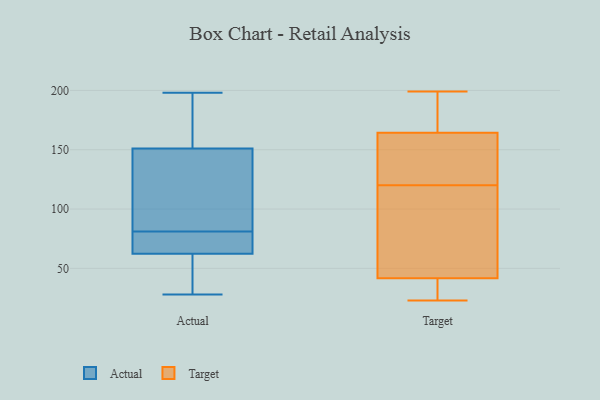
{"axis": {"x": "Population (Million)", "y": "Value"}, "legend": ["Actual", "Target"], "data": [{"x": "", "y": 136, "type": "Actual"}, {"x": "", "y": 57, "type": "Actual"}, {"x": "", "y": 172, "type": "Actual"}, {"x": "", "y": 28, "type": "Actual"}, {"x": "", "y": 183, "type": "Actual"}, {"x": "", "y": 81, "type": "Actual"}, {"x": "", "y": 64, "type": "Actual"}, {"x": "", "y": 66, "type": "Actual"}, {"x": "", "y": 198, "type": "Actual"}, {"x": "", "y": 108, "type": "Actual"}, {"x": "", "y": 68, "type": "Actual"}, {"x": "", "y": 46, "type": "Actual"}, {"x": "", "y": 144, "type": "Actual"}, {"x": "", "y": 75, "type": "Target"}, {"x": "", "y": 23, "type": "Target"}, {"x": "", "y": 127, "type": "Target"}, {"x": "", "y": 28, "type": "Target"}, {"x": "", "y": 44, "type": "Target"}, {"x": "", "y": 199, "type": "Target"}, {"x": "", "y": 170, "type": "Target"}, {"x": "", "y": 164, "type": "Target"}, {"x": "", "y": 156, "type": "Target"}, {"x": "", "y": 58, "type": "Target"}, {"x": "", "y": 162, "type": "Target"}, {"x": "", "y": 182, "type": "Target"}, {"x": "", "y": 165, "type": "Target"}, {"x": "", "y": 60, "type": "Target"}, {"x": "", "y": 32, "type": "Target"}, {"x": "", "y": 120, "type": "Target"}, {"x": "", "y": 35, "type": "Target"}]}